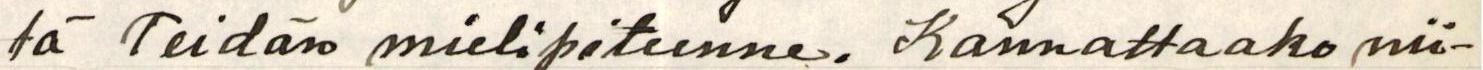
tä Teidän mielipiteenne. Kannattaako nii-